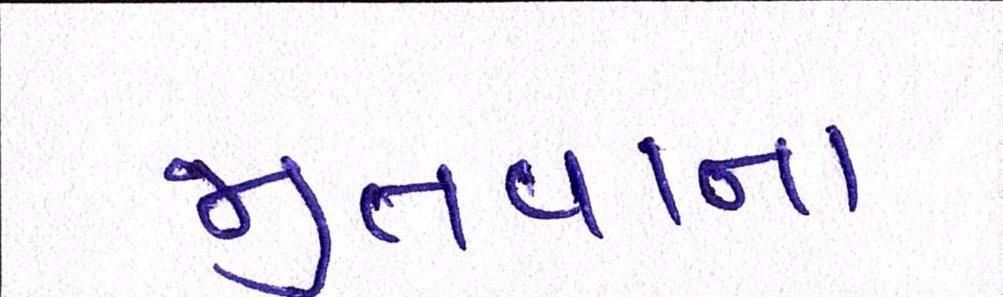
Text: જીતવાના